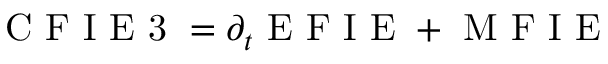
\mathrm { ~ C ~ F ~ I ~ E ~ 3 ~ } = \partial _ { t } \mathrm { ~ E ~ F ~ I ~ E ~ } + \mathrm { ~ M ~ F ~ I ~ E ~ }